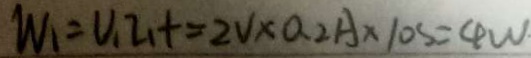
W _ { 1 } = V _ { 1 } Z _ { 1 } + = 2 V \times 0 . 2 A \times 1 0 s = 4 w